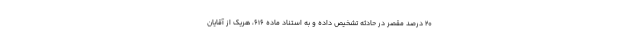
۲۰ درصد مقصر در حادثه تشخیص داده و به استناد ماده ۶۱۶، هریک از آقایان